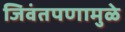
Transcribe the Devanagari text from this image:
जिवंतपणामुळे